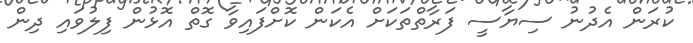
ކުރަން އެދުނު ސިޔާސީ ފަރާތްތަކަށް އެކަން ކޮށްފައިވާ ގޮތް އޮޅުން ފިލުވައި ދިން